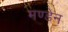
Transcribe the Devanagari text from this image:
मण्‍डेन